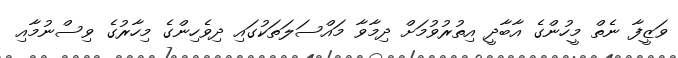
ވަޒީފާ ނެތް މީހުންގެ އާބާދީ އިތުރުވުމަށް ދިމާވާ މައްސަލަތަކުގައި ދިވެހިންގެ މިހާރުގެ ވިސްނުމާއި